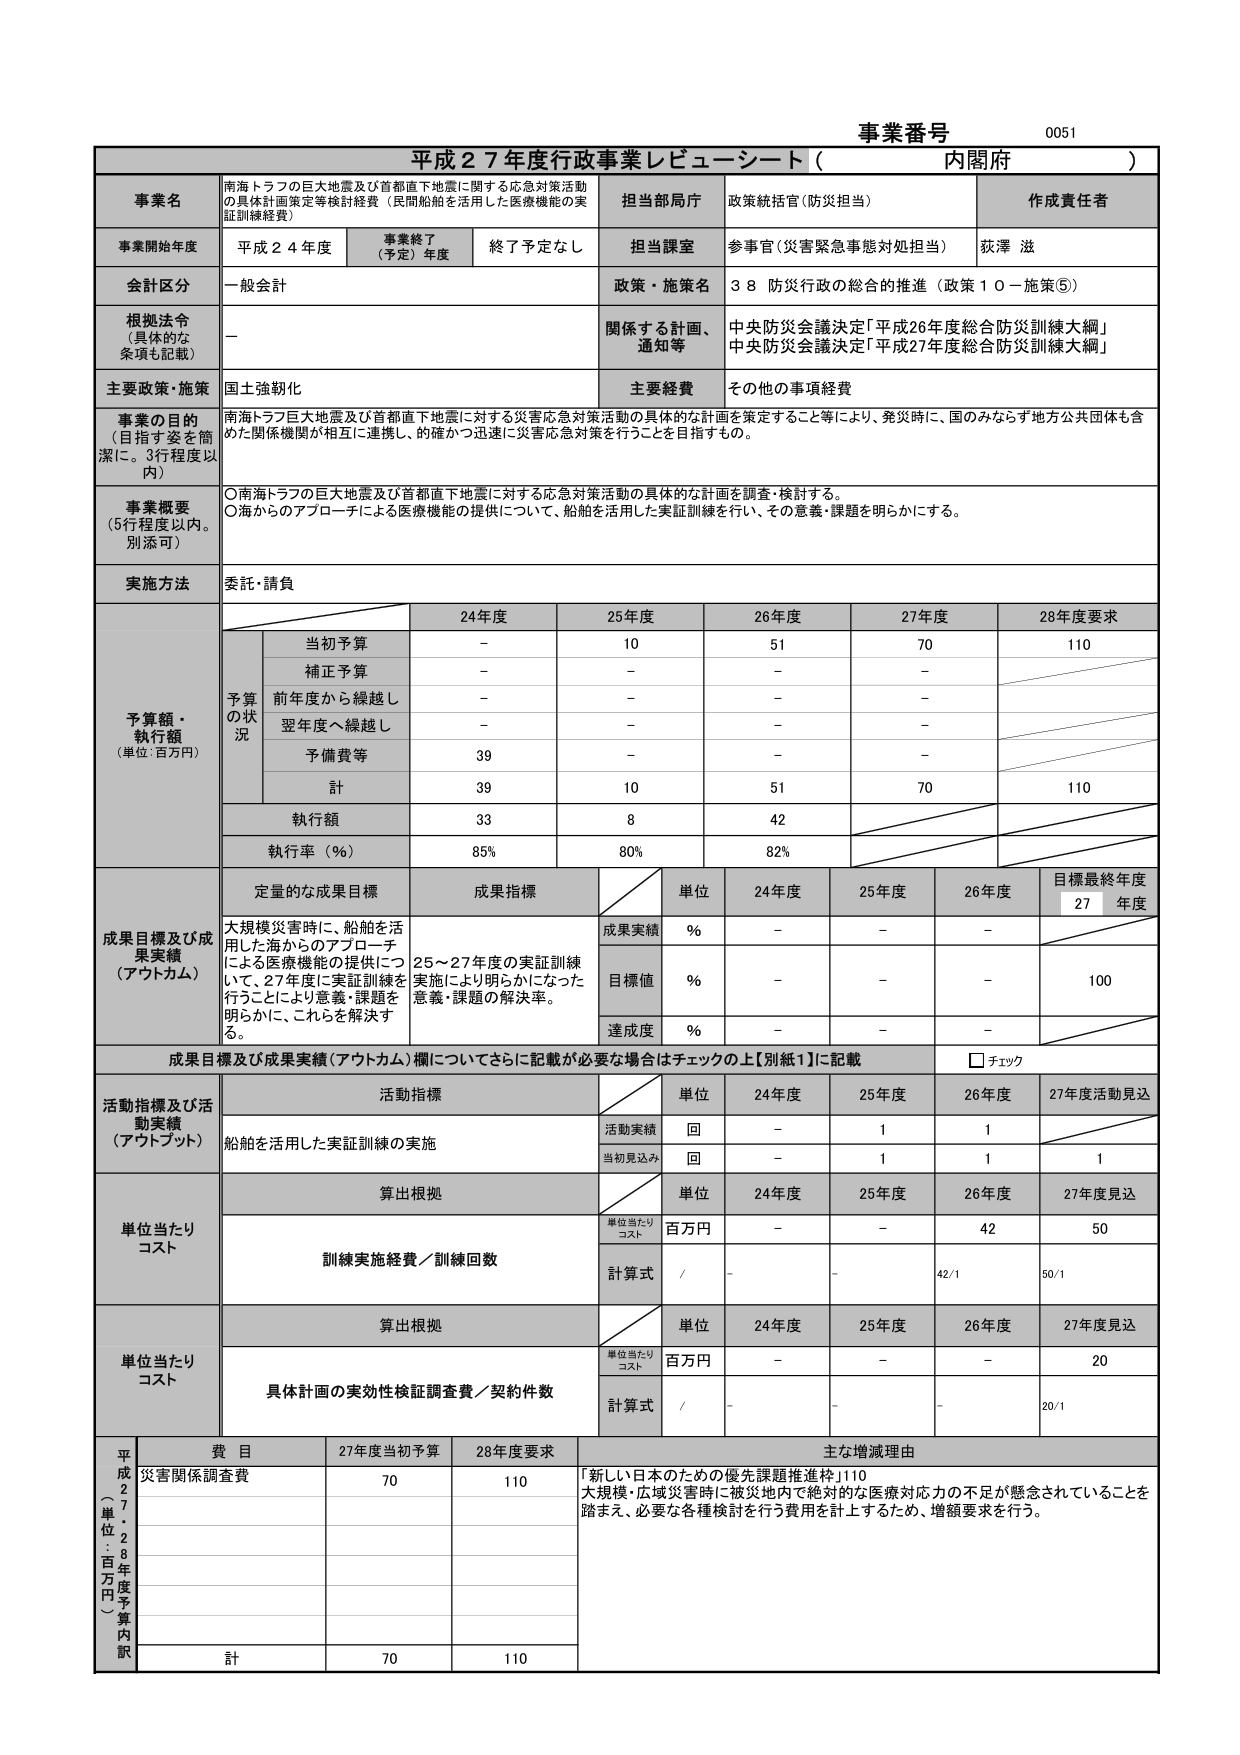
事業番号 0051
平成27年度行政事業レビュー・シート（内閣府）

事業名
南海トラフの巨大地震及び首都直下地震に関する応急対策活動の具体計画策定等検討経費（民間船舶を活用した医療機能の実証訓練経費）
担当部局庁
政策統括官（防災担当）
作成責任者
荻澤 滋

事業開始年度
平成24年度
事業終了（予定）年度
終了予定なし
担当課室
参事官（災害緊急事態対処担当）

会計区分
一般会計
政策・施策名
38 防災行政の総合的推進（政策10－施策⑤）

根拠法令（具体的な条項も記載）
－
関係する計画、通知等
中央防災会議決定「平成26年度総合防災訓練大綱」
中央防災会議決定「平成27年度総合防災訓練大綱」

主要政策・施策
国土強靭化
主要経費
その他の事項経費

事業の目的（目指す姿を簡潔に。3行程度以内）
南海トラフの巨大地震及び首都直下地震に対する災害応急対策活動の具体的な計画を策定すること等により、発災時に、国のみならず地方公共団体も含めた関係機関が相互に連携し、的確かつ迅速に災害応急対策を行うことを目指すもの。

事業概要（5行程度以内。別添可）
〇南海トラフの巨大地震及び首都直下地震に対する応急対策活動の具体的な計画を調査・検討する。
〇海からのアプローチによる医療機能の提供について、船舶を活用した実証訓練を行い、その意義・課題を明らかにする。

実施方法
委託・請負

予算額・執行額（単位：百万円）